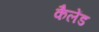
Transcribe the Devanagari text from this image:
कैलेंड